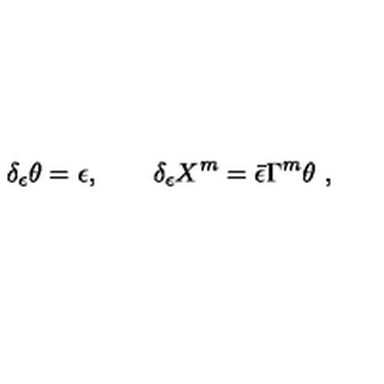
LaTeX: \delta _ { \epsilon } \theta = \epsilon , \qquad \delta _ { \epsilon } X ^ { m } = \bar { \epsilon } \Gamma ^ { m } \theta \ ,